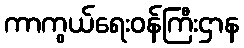
ကာကွယ်ရေးဝန်ကြီးဌာန